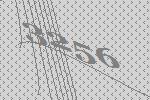
3256